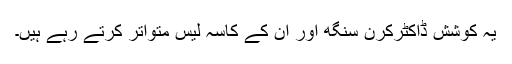
یہ کوشش ڈاکٹرکرن سنگھ اور ان کے کاسہ لیس متواتر کرتے رہے ہیں۔